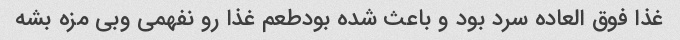
غذا فوق العاده سرد بود و باعث شده بودطعم غذا رو نفهمی وبی مزه بشه